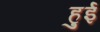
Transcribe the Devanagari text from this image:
हुुई